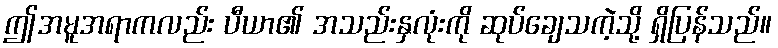
ဤအမူအရာကလည်း ပီယာ၏ အသည်းနှလုံးကို ဆုပ်ချေသကဲ့သို့ ရှိပြန်သည်။